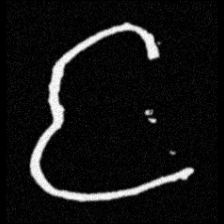
Pyu character \u2014 Myanmar letter: င (romanized: nga)